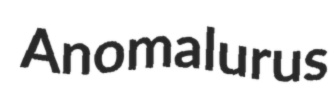
Anomalurus